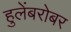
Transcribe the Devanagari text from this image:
हुलेंबरोबर